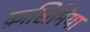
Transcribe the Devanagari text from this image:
क़ासिमिया